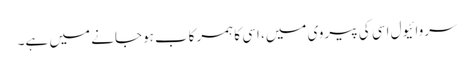
سروائیول اِسی کی پیروی میں، اسی کا ہمرکاب ہوجانے میں ہے۔